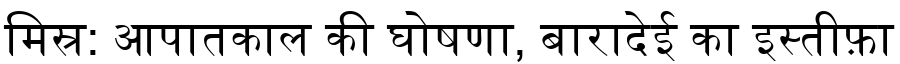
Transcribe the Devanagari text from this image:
मिस्र: आपातकाल की घोषणा, बारादेई का इस्तीफ़ा